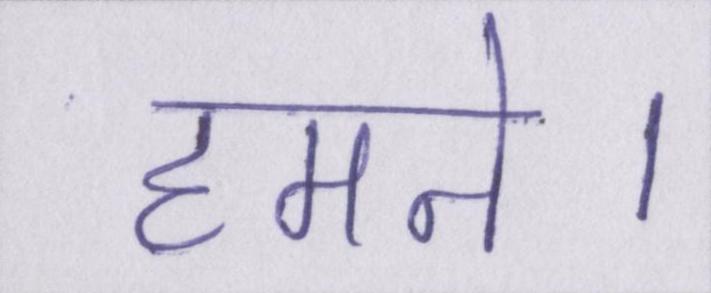
हमने।